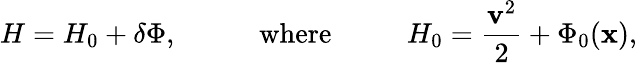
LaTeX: H=H_{0}+\delta\Phi,\, \, \, \, \, \, \, \, \, \, \, \, \, \, \, \, \, \mathrm{where}\, \, \, \, \, \, \, \, \, \, \, \, \, \, \, \, H_{0}=\frac{\mathbf{v}^{2}}{2}+\Phi_{0}(\mathbf{x}),